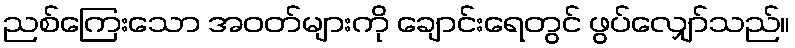
ညစ်ကြေးသော အဝတ်များကို ချောင်းရေတွင် ဖွပ်လျှော်သည်။